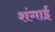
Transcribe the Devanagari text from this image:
शंगाई